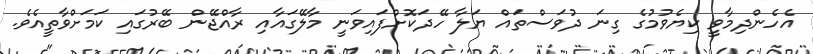
އެހެންދިމާވީ ކިޔެވުމުގެ ގިނަ ދުވަސްތައް ޔަލާ ހޭދަކޮށްފައިވަނީ މާލޭގައާއި ރާއްޖޭން ބޭރުގައި ކަމަށްވާތީއެވެ.